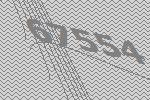
67554